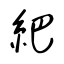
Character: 紦